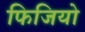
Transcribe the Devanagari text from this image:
फिजियो